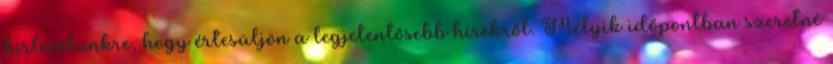
hírlevelünkre, hogy értesüljön a legjelentősebb hírekről. Melyik időpontban szeretné